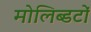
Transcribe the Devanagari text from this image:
मोलिब्डटों